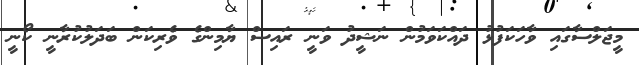
މީޖަލްސާގައި ވާހަކަފުޅު ދައްކަވަމުން ނަޝީދު ވަނީ ރައިސް ޔާމިންގެ ވެރިކަން ބަދަލުކުރާނީ ކޯނީ